Civil Veterinary Department Bihar & Orissa reports 1929-36 - 1929-1936
Year: 1929
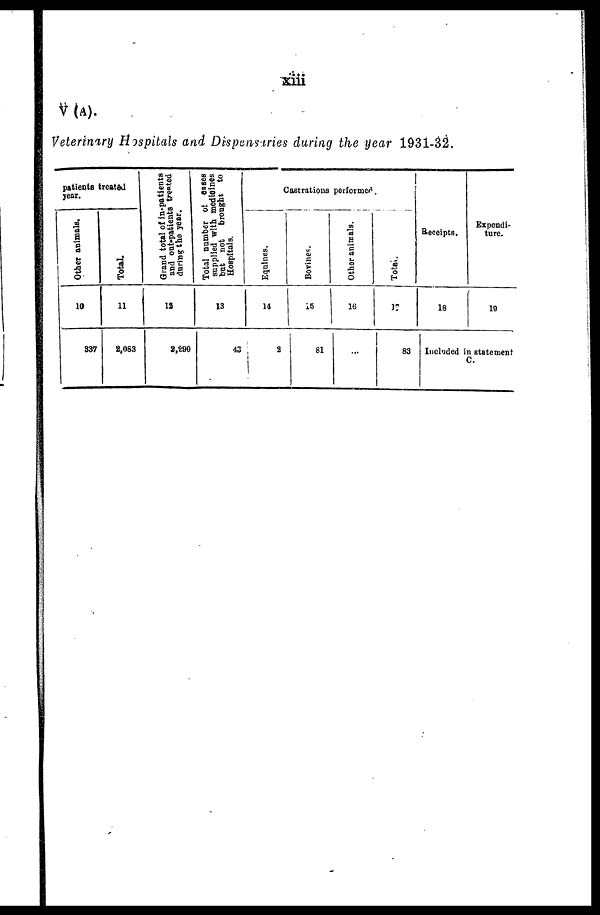
xiii
V(A).
Veterinary Hospitals and Dispanstries during the year 1931-32.
patients treated
year.
Ot her animals.
10
337
Total.
11
8,063
Grand total of in-patients
and out-patients treated
during
the year.
12
3,290
Total number of cases
supplied with medicines
but not
brought to
Hospitals.
13
43
Castrations performed.
Equines.
14
2
Bovines.
15
81
Other animals.
16
...
Total.
17
83
Receipts.
18
Expendi-
ture.
19
Included in statement
C.